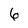
Character: 6